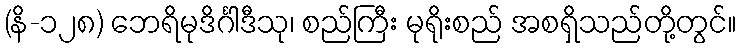
(နိ-၁၂၈) ဘေရိမုဒိင်္ဂါဒီသု၊ စည်ကြီး မုရိုးစည် အစရှိသည်တို့တွင်။